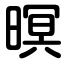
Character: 暝